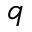
q